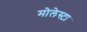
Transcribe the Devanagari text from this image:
मोलेस्टा